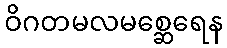
ဝိဂတမလမစ္ဆေရေန